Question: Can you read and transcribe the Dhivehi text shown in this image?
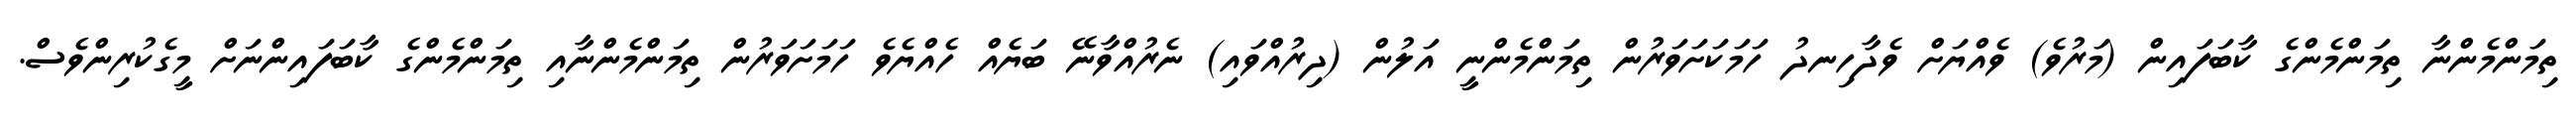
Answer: ތިމަންމެންނާ ތިމަންމެންގެ ކާބަފައިން (މަރުވެ) ވެއްޔަށް ވެދާހިނދު ހަމަކަށަވަރުން ތިމަންމެންނީ އަލުން (ދިރުއްވައި) ނެރުއްވާނޭ ބަޔެއް ހެއްޔެވެ ހަމަށަވަރުން ތިމަންމެންނާއި ތިމަންމެންގެ ކާބަފައިންނަށް މީގެކުރިންވެސް.